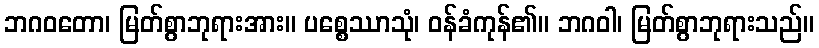
ဘဂဝတော၊ မြတ်စွာဘုရားအား။ ပစ္စေဿာသုံ၊ ဝန်ခံကုန်၏။ ဘဂဝါ၊ မြတ်စွာဘုရားသည်။